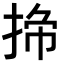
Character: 𭡁